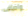
واضاف